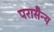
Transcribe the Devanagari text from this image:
परासैन्य